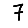
Digit: 7